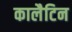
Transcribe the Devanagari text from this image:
कालैटिन